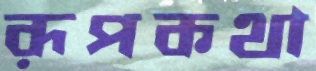
রূপকথা